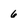
Character: 6